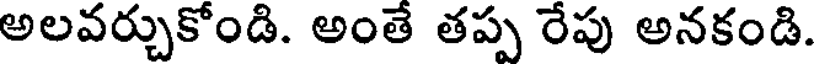
అలవర్చుకోండి. అంతే తప్ప రేపు అనకండి.